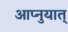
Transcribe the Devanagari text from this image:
आप्नुयात्